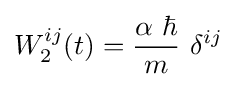
W_{2}^{ij}(t)={\frac {\alpha \ \hbar }{m}}\ \delta ^{ij}